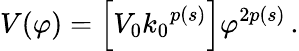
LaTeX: V(\varphi)=\left[V_{0}{k_{0}}^{p(s)}\right]{\varphi}^{2p(s)}\, .